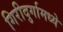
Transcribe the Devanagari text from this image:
गिरीदुर्गामध्ये